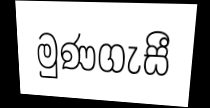
මුණගැසී